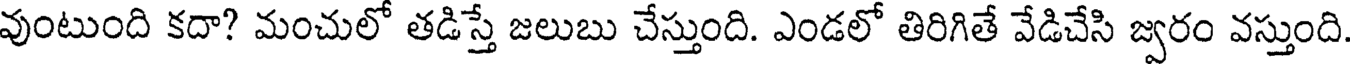
వుంటుంది కదా? మంచులో తడిస్తే జలుబు చేస్తుంది. ఎండలో తిరిగితే వేడిచేసి జ్వరం వస్తుంది